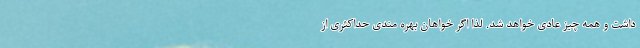
داشت و همه چیز عادی خواهد شد. لذا اگر خواهان بهره مندی حداکثری از